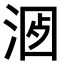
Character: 𣶡